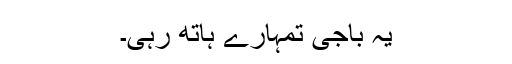
یہ باجی تمہارے ہاتھ رہی۔